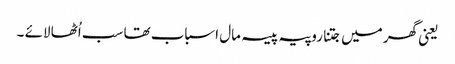
یعنی گھر میں جتنا روپیہ پیسہ مال اسباب تھا سب اُٹھا لائے ۔